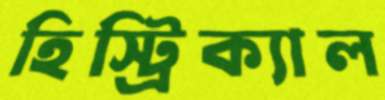
হিস্ট্রিক্যাল